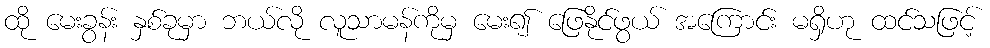
ထို မေးခွန်း နှစ်ခုမှာ ဘယ်လို လူသာမန်ကိုမှ မေး၍ ဖြေနိုင်ဖွယ် အကြောင်း မရှိဟု ထင်သဖြင့်